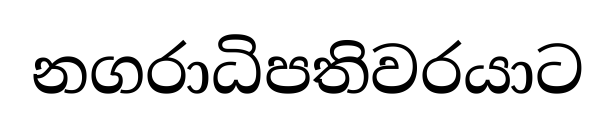
නගරාධිපතිවරයාට